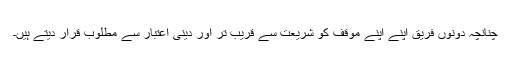
چنانچہ دونوں فریق اپنے اپنے موقف کو شریعت سے قریب تر اور دینی اعتبار سے مطلوب قرار دیتے ہیں۔